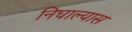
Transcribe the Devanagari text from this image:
निघाल्यास